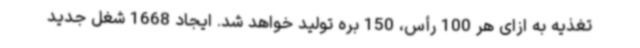
تغذیه به ازای هر 100 رأس، 150 بره تولید خواهد شد. ایجاد 1668 شغل جدید